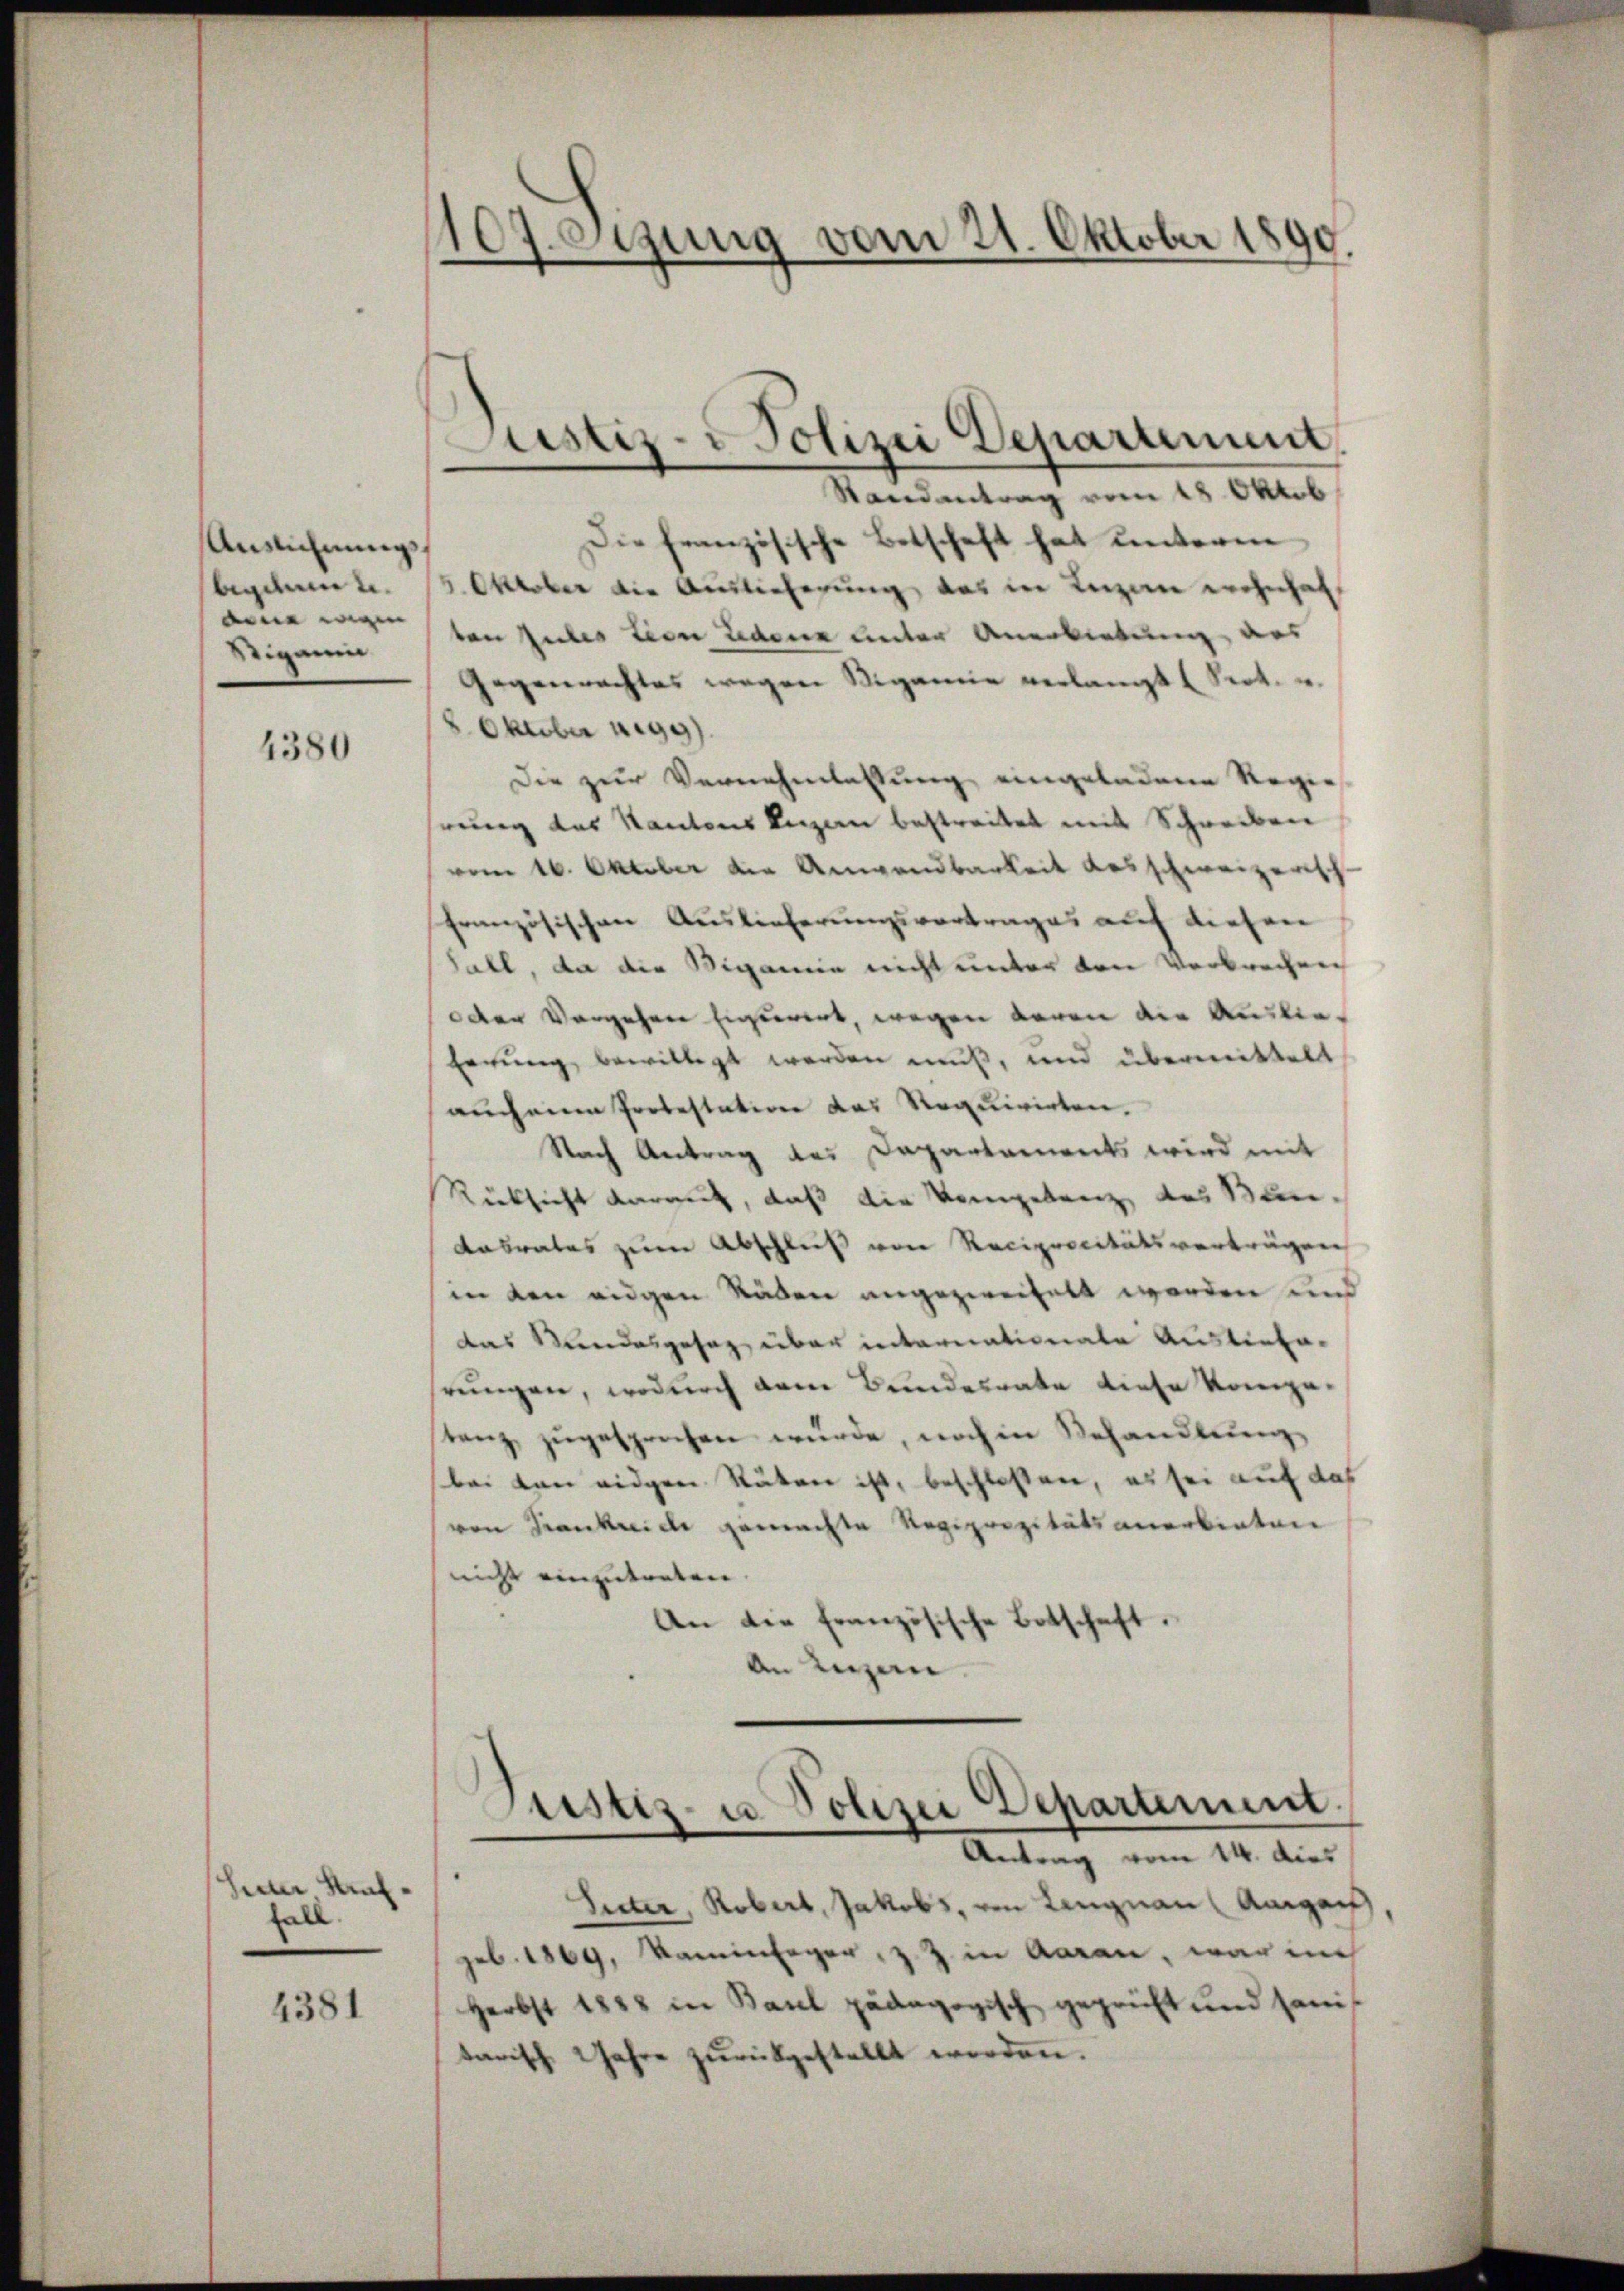
Anzeichnungsbegehren u.
dne wegen
Sigamin

4380

heiner Huffall.

4381

107 eegung vom 21. Oktober 1890.

Randantrag vom 18. Oktob
Die französische Betschaft hat unteren
5. Oktober die Auslieferung das in Luzine wohnhaft
ven Rubes tien Bedene unter Anerbietung des
Gegenerachtes wegen Sigamie verlangt. Sept.
8. Oktober 1299).
Die zur Vernehmlassung eingeladene Regie
rung des Kantons Regen bestreitet mit Schreiben
vom 16. Oktober die Anwendbarkeit des schweizerisch-
französischen Auslieferungsvortrages auf diesen
Fall, da die Wigamie nicht unter den Verbrechen
oder Vorgehen Eigerert, wegen waren die Auslieferŭng bewilligt werden muß, und übermittelt
auch eine Protestation das Requirirten.
Nach Antrag des Dapartaments wird mit
Rücksicht darauf, daß die Vorgelang des Bun-
Kabrates zum Abschluß von Reciprocitätsverträgen
in den eidgen Raden angezweifelt worden und
das Stundesgesagt über internationale Ausliefe-
hrungen, wodurch dem Bundesrate diese kompe-
stanz zugesprochen würde, noch in Behandlung
bei von eidgen Räten ist, beschlossen, es sei auf das
von Frankreich gemachte Regiprezitätsanerbieten
nicht einzutreten.
An die französische Botschaft,
An Luzern.

Justiz- & Polizei Departement

Justiz- u. Polizei Departement.
Antrag vom 14. dies

Sitter, Robert, Jakobs, von Langnau Anga
geb. 1869, Kaminfeger, z. Z. in Aaran, war in
Herbst 1888 in Basel pädagogisch geprüft und sanis
tarisch Jahre zŭrückgestellt werden.